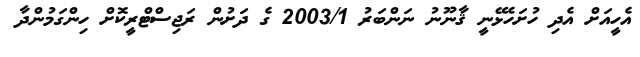
އެހީއަށް އެދި ހުށަހެޅޭނީ ޤާނޫނު ނަންބަރު 2003/1 ގެ ދަށުން ރަޖިސްޓްރީކޮށް ހިންގަމުންދާ